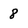
Character: 8